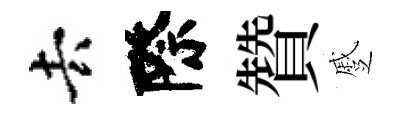
去際贊蹙